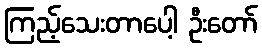
ကြည့်သေးတာပေါ့ ဦးတော်